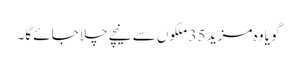
گویا وہ مزید 35 ملکوں سے نیچے چلا جائے گا۔